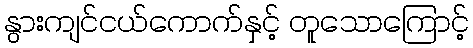
နွားကျင်ငယ်ကောက်နှင့် တူသောကြောင့်